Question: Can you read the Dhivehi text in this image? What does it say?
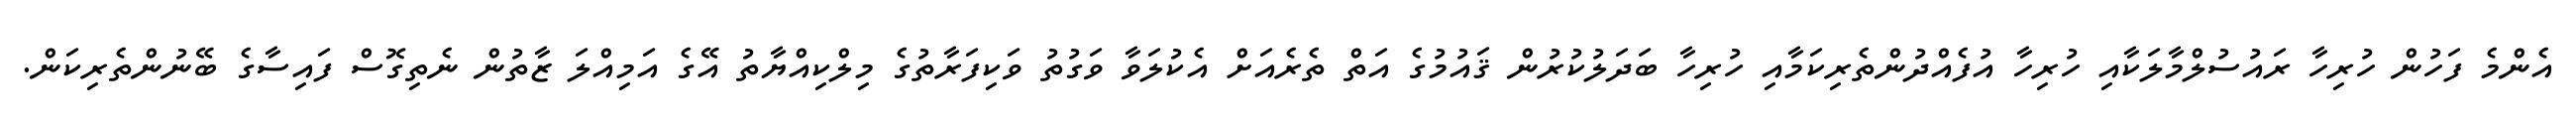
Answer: އެންމެ ފަހުން ހުރިހާ ރައުސުލްމާލަކާއި ހުރިހާ އުފެއްދުންތެރިކަމާއި ހުރިހާ ބަދަލުކުރުން ޤައުމުގެ އަތް ތެރެއަށް އެކުލަވާ ވަގުތު ވަކިފަރާތުގެ މިލްކިއްޔާތު އޭގެ އަމިއްލަ ޒާތުން ނެތިގޮސް ފައިސާގެ ބޭނުންތެރިކަން.